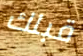
قبلك